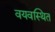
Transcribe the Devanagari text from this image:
वयवस्थित